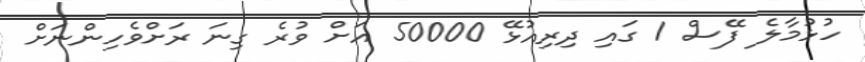
ހުޅުމާލެ ފޭސް 1 ގައި ދިރިއުޅޭ 50000 އަށް ވުރެ ގިނަ ރަށްވެހިންނަށް